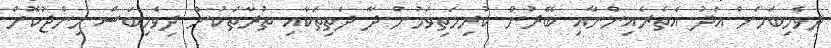
ދިވެހިބަހަށް އަދު އެތެރެއިންނާއި ބޭރުން ކުރިމަތިވަމުން ދާ ދަތިތަކާއި ތުރާތަކުން ދިވެހިބަސް މިންޖުކޮށް